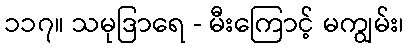
၁၁၇။ သမုဒြာရေ - မီးကြောင့် မကျွမ်း၊